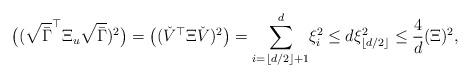
LaTeX: \begin{align*} \big( (\sqrt{\bar{\Gamma}}^\top \Xi_u \sqrt{\bar{\Gamma}} )^2 \big) = \left( (\check{V}^\top \Xi \check{V})^2 \right) = \underset{i=\lfloor d/2 \rfloor+1}{\overset{d}{\sum}} \xi_i^2 \leq d \xi_{\lfloor d/2 \rfloor}^2 \leq \frac{4}{d} ( \Xi )^2,\end{align*}